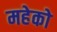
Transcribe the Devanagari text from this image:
महेको